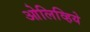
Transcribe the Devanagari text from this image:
ओलिव्हिये